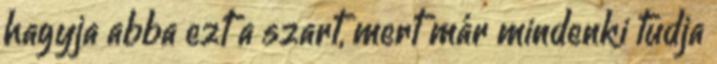
hagyja abba ezt a szart, mert már mindenki tudja